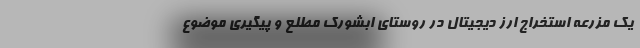
یک مزرعه استخراج ارز دیجیتال در روستای ابشورک مطلع و پیگیری موضوع